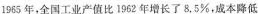
1965年，全国工业产值比1962年增长了8.5%，成本降低